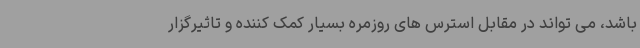
باشد، می تواند در مقابل استرس های روزمره بسیار کمک کننده و تاثیرگزار